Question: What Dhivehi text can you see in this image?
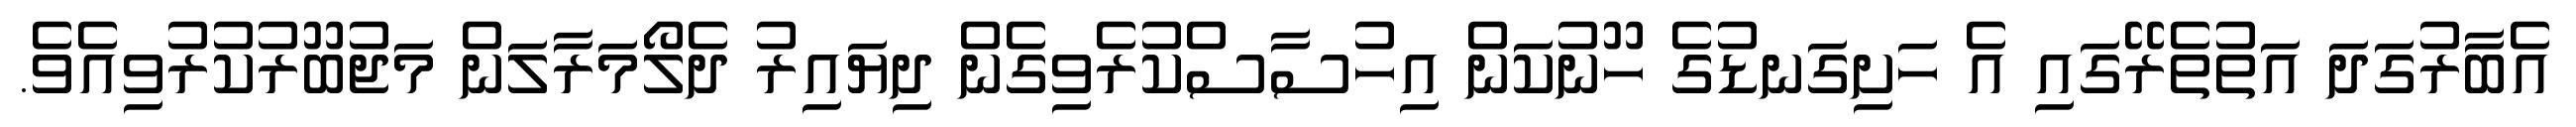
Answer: އެބާރުގަދަ އަތުތެރޭގައި އެ ހަށިގަނޑުގެ ހޫނުކަން އިހުސާސްކުރެވިގެން ދިޔައިރު ދެލޯމަރާލަން މަޖުބޫރުކުރުވިއެވެ.